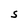
Character: S